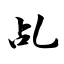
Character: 乩